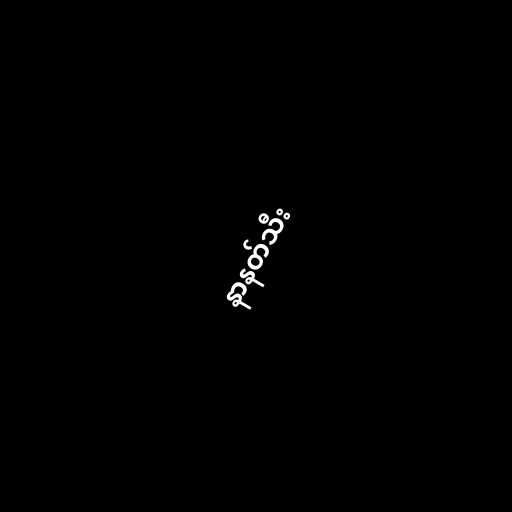
နာနတ်သီး